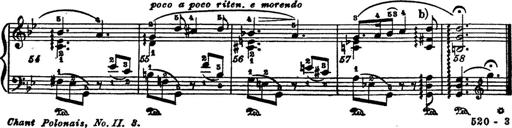
Title: 6 Polish Songs
Composer: Franz Liszt